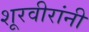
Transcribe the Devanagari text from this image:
शूरवीरांनी